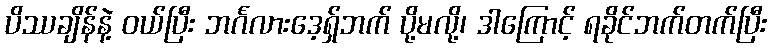
ပိဿချိန်နဲ့ ဝယ်ပြီး ဘင်္ဂလားဒေ့ရှ်ဘက် ပို့မလို့၊ ဒါကြောင့် ရခိုင်ဘက်တက်ပြီး